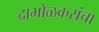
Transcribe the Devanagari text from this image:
दाभोळकरांचा